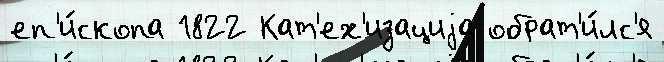
еп'и́скопа 1822 Кат'ех'изациjа обрат'и́лс'я